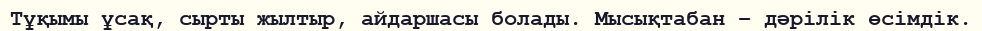
Тұқымы ұсақ, сырты жылтыр, айдаршасы болады. Мысықтабан – дәрілік өсімдік.